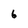
Character: 6